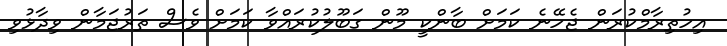
އިހުތިރާމްކުރަން ޖެހޭނެ ކަމަށް ބާންކީ މޫން ގަބޫލުކުރައްވާ ކަމަށް ވެސް ތަރުޖަމާން ވިދާޅުވި